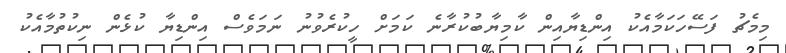
މިމެޗު ފަސޭހަކަމާއެކު އިންޑިޔާއިން ކާމިޔާބުކުރާނެ ކަމަށް ހީކުރެވުނު ނަމަވެސް އިންޑިޔާ ކުޅެން ނިކުތުމާއެކު